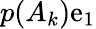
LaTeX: p(A_{k})\mathrm{e}_{1}